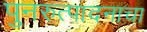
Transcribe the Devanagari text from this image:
पुनरुत्पादनाचा